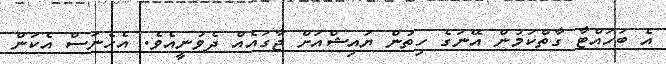
އެ ބަހައްޓާ ގާތްކަމުން އޭނަގެ ހިތުން ޔައިޝްއަށް ޖާގައެއް ދެވުނީއެވެ. އެހެނަސް އެކަން